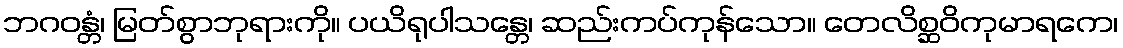
ဘဂဝန္တံ၊ မြတ်စွာဘုရားကို။ ပယိရုပါသန္တေ၊ ဆည်းကပ်ကုန်သော။ တေလိစ္ဆဝိကုမာရကေ၊